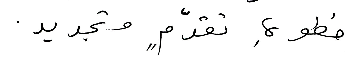
خطوةِ تقدّمٍ وتجديد.